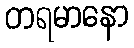
တရမာနော